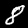
Digit: 8